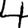
Digit: 4